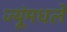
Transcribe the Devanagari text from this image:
ज्यूंमधले